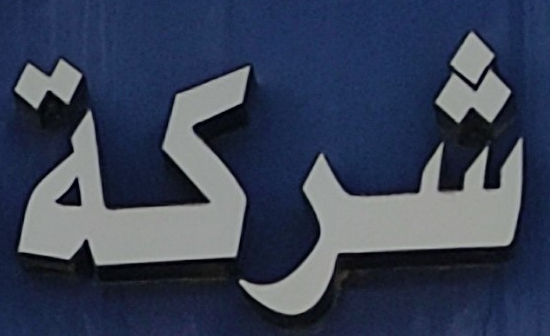
شركة